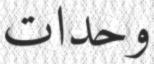
وحدات